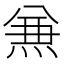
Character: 𠔥